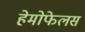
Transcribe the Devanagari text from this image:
हेमोफेलस